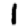
Digit: 1